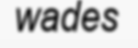
wades